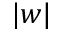
| w |